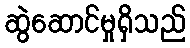
ဆွဲဆောင်မှုရှိသည်